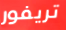
تريفور